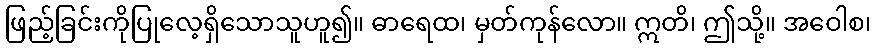
ဖြည့်ခြင်းကိုပြုလေ့ရှိသောသူဟူ၍။ ဓာရေထ၊ မှတ်ကုန်လော။ ဣတိ၊ ဤသို့။ အဝေါစ၊